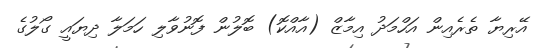
އޭރިޔާ ތެރެއިން އަހްމަދު އިމާޒް (އާއްކޮ) ބޮލުން ފޮނުވާލި ހަމަލާ ދިޔައީ ގޯލުގެ